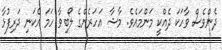
ދެންވެސް ވާހަކަ ދެއްކީ މަންމައެވެ. މާޝާ އަހަރެންގެ ލޯބިވާ ހަމަ އެކަނި ދަރިފުޅާ